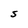
Character: S